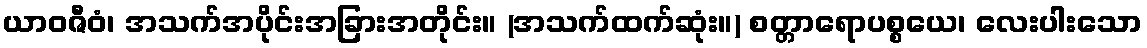
ယာဝဇီဝံ၊ အသက်အပိုင်းအခြားအတိုင်း။ (အသက်ထက်ဆုံး။) စတ္တာရောပစ္စယေ၊ လေးပါးသော